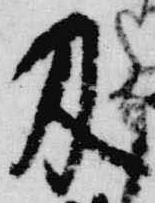
及